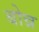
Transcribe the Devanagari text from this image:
बोन्न